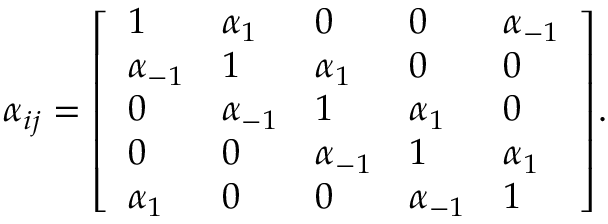
\alpha _ { i j } = { \left[ \begin{array} { l l l l l } { 1 } & { \alpha _ { 1 } } & { 0 } & { 0 } & { \alpha _ { - 1 } } \\ { \alpha _ { - 1 } } & { 1 } & { \alpha _ { 1 } } & { 0 } & { 0 } \\ { 0 } & { \alpha _ { - 1 } } & { 1 } & { \alpha _ { 1 } } & { 0 } \\ { 0 } & { 0 } & { \alpha _ { - 1 } } & { 1 } & { \alpha _ { 1 } } \\ { \alpha _ { 1 } } & { 0 } & { 0 } & { \alpha _ { - 1 } } & { 1 } \end{array} \right] } .